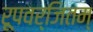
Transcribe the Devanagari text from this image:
रूपवर्जितम्